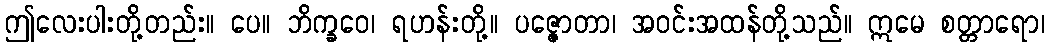
ဤလေးပါးတို့တည်း။ ပေ။ ဘိက္ခဝေ၊ ရဟန်းတို့။ ပဇ္ဇောတာ၊ အဝင်းအထန်တို့သည်။ ဣမေ စတ္တာရော၊